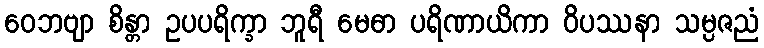
ဝေဘဗျာ စိန္တာ ဥပပရိက္ခာ ဘူရီ မေဓာ ပရိဏာယိကာ ဝိပဿနာ သမ္ပဇညံ